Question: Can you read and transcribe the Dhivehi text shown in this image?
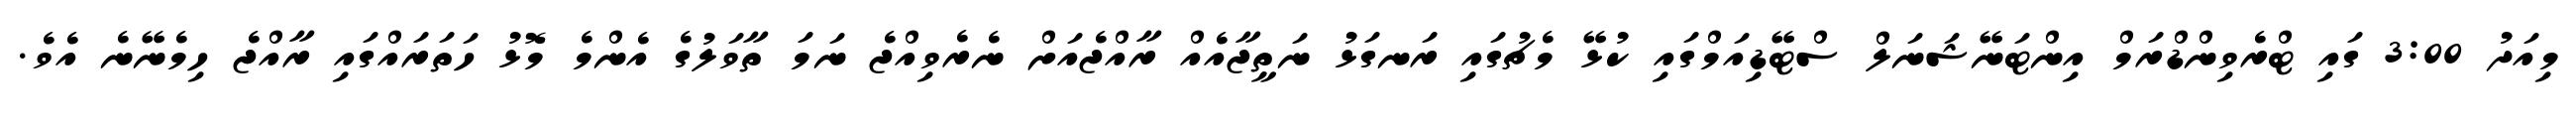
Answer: މިއަދު 3:00 ގައި ޓްރެވިންޑްރަމް އިންޓަނޭޝަނަލް ސްޓޭޑިއަމްގައި ކުޅޭ މެޗުގައި ރަނގަޅު ނަތީޖާއެއް ރާއްޖެއަށް ނެރެވިއްޖެ ނަމަ ތާވަލުގެ އެންމެ މޮޅު ހަތަރައްގައި ރާއްޖެ ހިމެނޭނެ އެވެ.